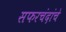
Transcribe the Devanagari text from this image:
सफरचंदांचे